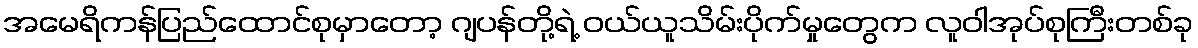
အမေရိကန်ပြည်ထောင်စုမှာတော့ ဂျပန်တို့ရဲ့ ဝယ်ယူသိမ်းပိုက်မှုတွေက လူဝါအုပ်စုကြီးတစ်ခု